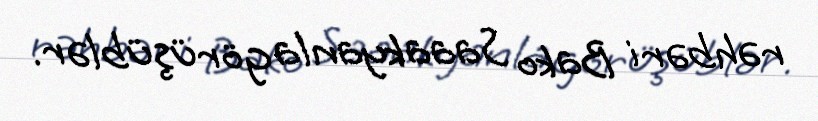
rəhbəri Bako Saaakyanla görüşüblər.